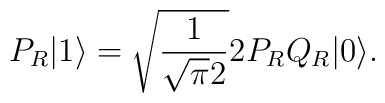
P_R|1 \rangle = \sqrt{\frac{1}{\sqrt{\pi} 2}} 2 P_R Q_R|0 \rangle.